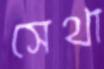
সেথা